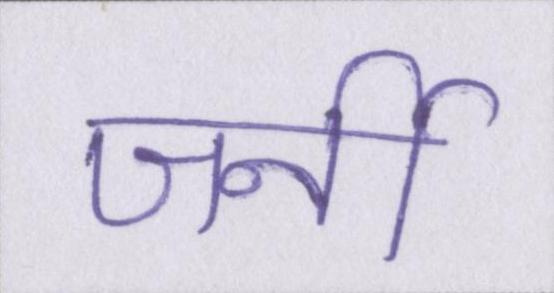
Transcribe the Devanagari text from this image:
जर्नी